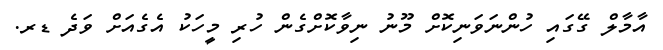
އާމާލް ގޭގައި ހުންނަވަނިކޮށް މޫނު ނިވާކޮށްގެން ހުރި މީހަކު އެގެއަށް ވަދެ ޑރ.